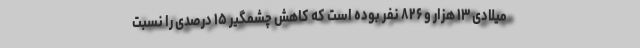
میلادی ۱۳ هزار و ۸۲۶ نفر بوده است که کاهش چشمگیر ۱۵ درصدی را نسبت